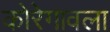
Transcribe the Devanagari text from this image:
कोरेगावला